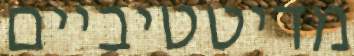
מדיטטיביים